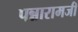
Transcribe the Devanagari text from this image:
पन्नारामजी